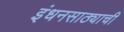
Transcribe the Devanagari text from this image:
इंधनसाठ्याची